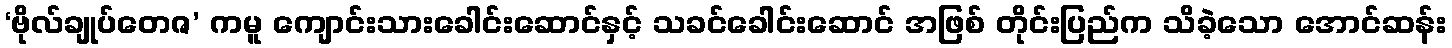
‘ဗိုလ်ချုပ်တေဇ’ ကမူ ကျောင်းသားခေါင်းဆောင်နှင့် သခင်ခေါင်းဆောင် အဖြစ် တိုင်းပြည်က သိခဲ့သော အောင်ဆန်း